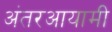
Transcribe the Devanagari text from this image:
अंतरआयामी